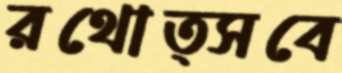
রথোত্সবে